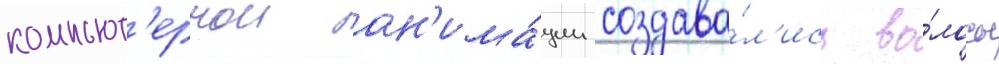
компьют'ернои ан'има́ции создава́л'ись во́лосы